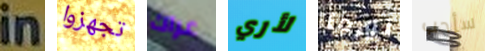
in تجهزوا عراك لأري نورما سأحب